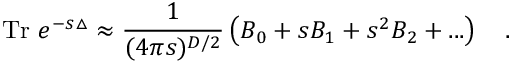
\mathrm { T r } ~ e ^ { - s \triangle } \approx { \frac { 1 } { ( 4 \pi s ) ^ { D / 2 } } } \left( B _ { 0 } + s B _ { 1 } + s ^ { 2 } B _ { 2 } + . . . \right) ~ ~ ~ .